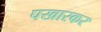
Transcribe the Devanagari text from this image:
पखारकर